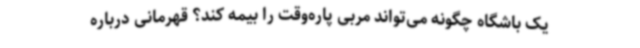
یک باشگاه چگونه می‌تواند مربی پاره‌وقت را بیمه کند؟ قهرمانی درباره